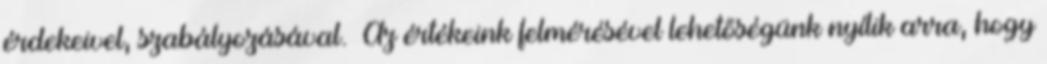
érdekeivel, szabályozásával. ▪Az értékeink felmérésével lehetőségünk nyílik arra, hogy